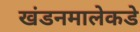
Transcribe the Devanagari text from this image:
खंडनमालेकडे